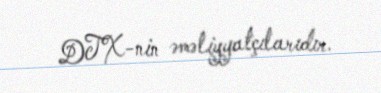
DTX-nin əməliyyatçılarıdır.